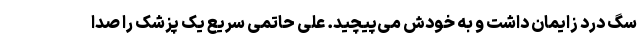
سگ درد زایمان داشت و به خودش می‌پیچید. علی حاتمی سریع یک پزشک را صدا